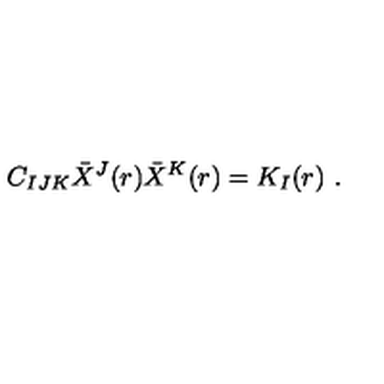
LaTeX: C _ { I J K } \bar { X } ^ { J } ( r ) \bar { X } ^ { K } ( r ) = K _ { I } ( r ) \ .